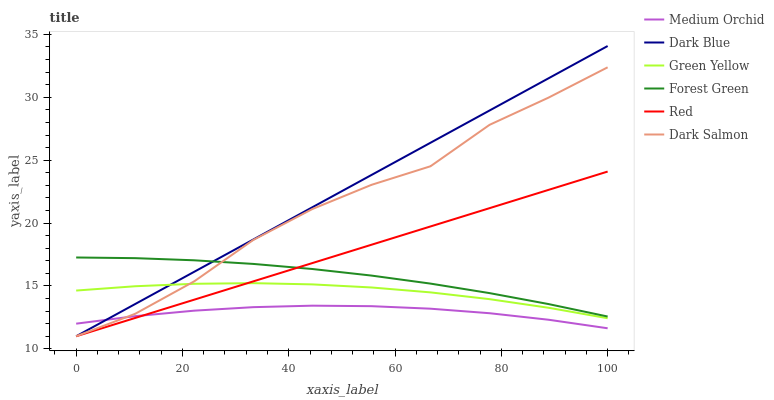
| xaxis_label | Medium Orchid | Dark Blue | Green Yellow | Forest Green | Red | Dark Salmon |
 | --- | --- | --- | --- | --- | --- | --- |
 | 0 | 12 | 11 | 14.6 | 17.3 | 11 | 11 |
 | 11.1 | 12.6 | 13.6 | 15 | 17.2 | 12.5 | 12.8 |
 | 22.2 | 13 | 16.1 | 15.2 | 17 | 13.9 | 15.4 |
 | 33.3 | 13.3 | 18.7 | 15.2 | 16.8 | 15.4 | 18.7 |
 | 44.4 | 13.4 | 21.3 | 15.1 | 16.3 | 16.8 | 21.1 |
 | 55.6 | 13.4 | 23.8 | 14.9 | 15.8 | 18.3 | 23 |
 | 66.7 | 13.2 | 26.4 | 14.5 | 15.2 | 19.7 | 24.5 |
 | 77.8 | 12.8 | 28.9 | 13.9 | 14.4 | 21.2 | 27.8 |
 | 88.9 | 12.3 | 31.5 | 13.3 | 13.6 | 22.6 | 30 |
 | 100 | 11.6 | 34.1 | 12.4 | 12.6 | 24.1 | 32.4 |